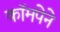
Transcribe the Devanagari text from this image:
कॉमपेने